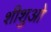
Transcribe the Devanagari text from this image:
शीशुओ